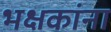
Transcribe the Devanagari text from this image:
भक्षकांना